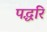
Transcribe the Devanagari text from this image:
पद्धरि